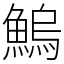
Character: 鰞